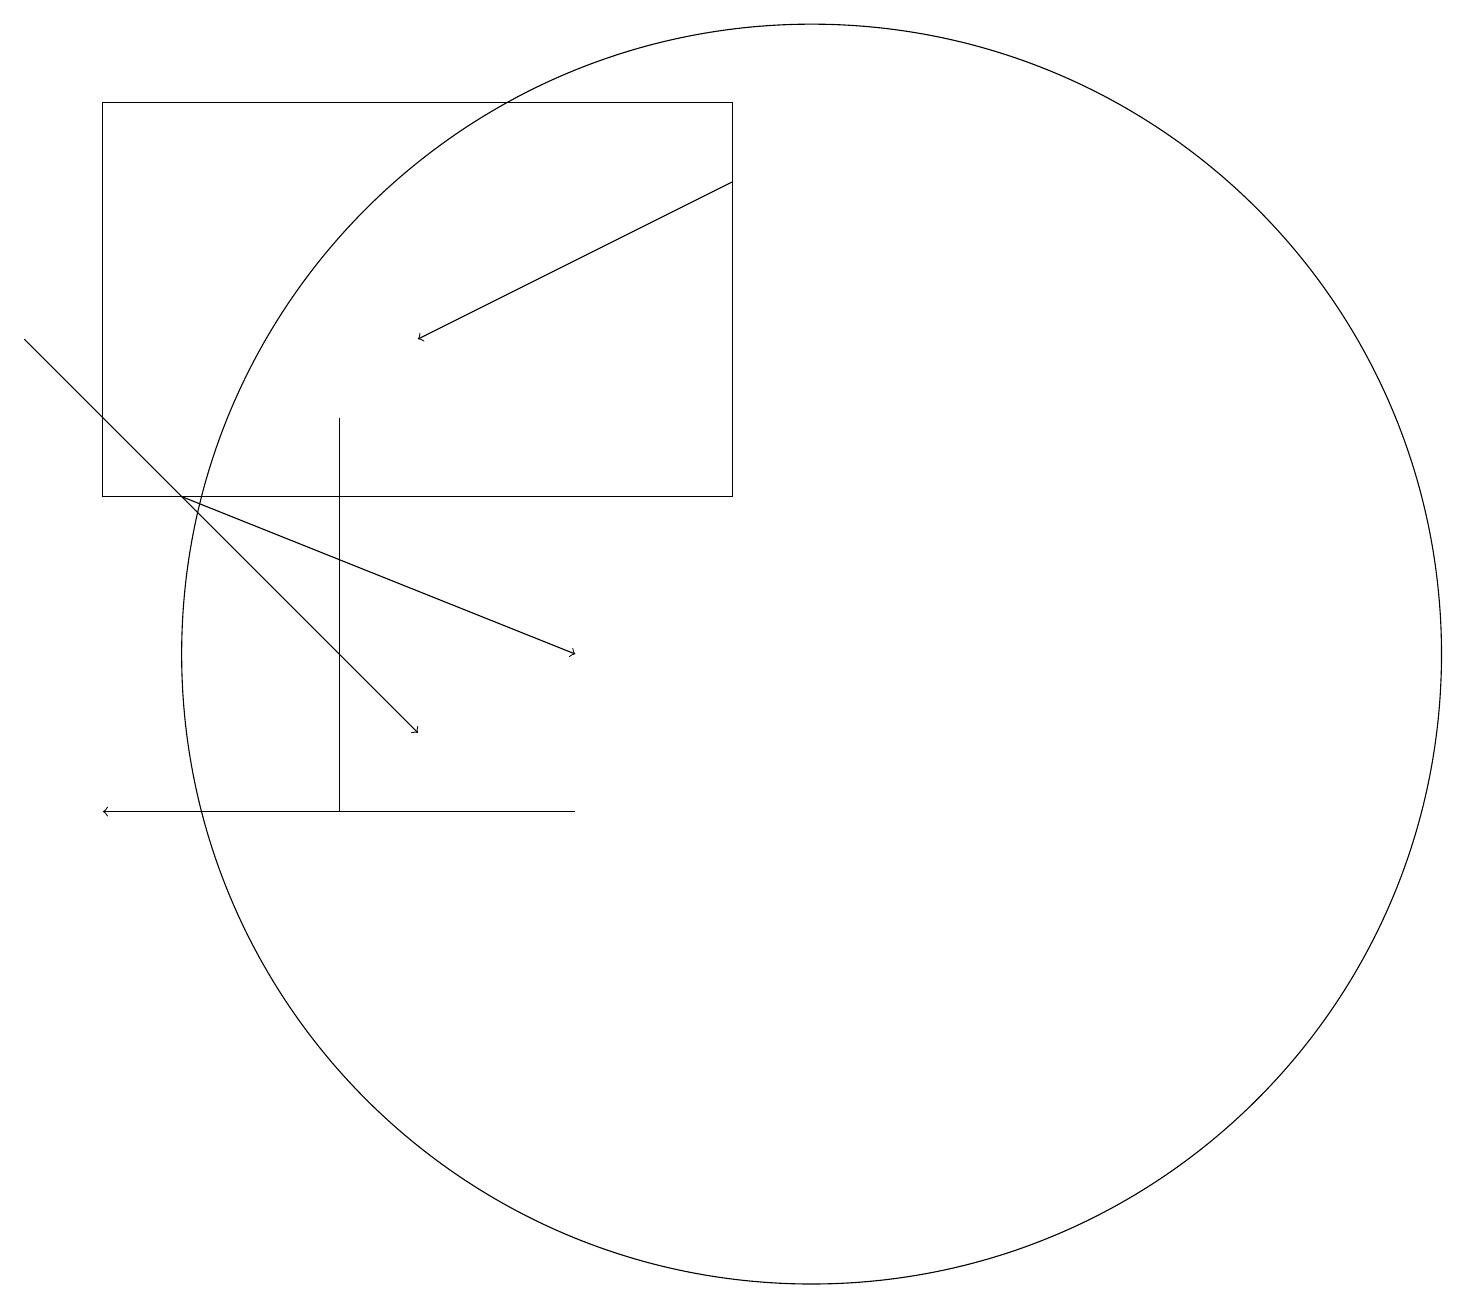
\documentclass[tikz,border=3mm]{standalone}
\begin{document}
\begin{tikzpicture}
\draw[->] (0,16) -- (5,11);
\draw[->] (7,10) -- (1,10);
\draw[->] (2,14) -- (7,12);
\draw[->] (9,18) -- (5,16);
\draw (4,10) rectangle (4,15);
\draw (10,12) circle (8);
\draw (9,14) rectangle (1,19);
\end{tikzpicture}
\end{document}